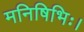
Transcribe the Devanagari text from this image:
मनिषिभिः।